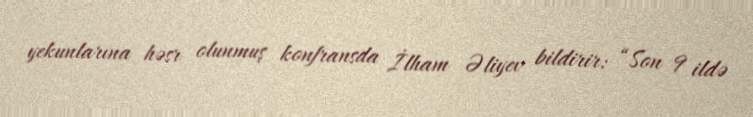
yekunlarına həsr olunmuş konfransda İlham Əliyev bildirir: “Son 9 ildə